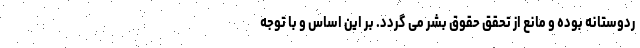
ردوستانه بوده و مانع از تحقق حقوق بشر می گردد. بر این اساس و با توجه